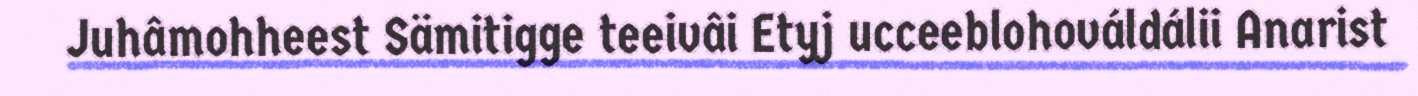
Juhâmohheest Sämitigge teeivâi Etyj ucceeblohováldálii Anarist